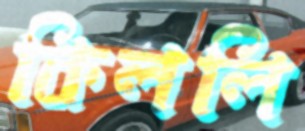
কিললি